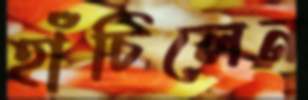
হাঁচিলেন